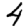
Digit: 4